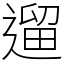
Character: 遛